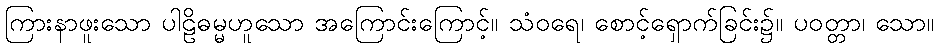
ကြားနာဖူးသော ပါဠိဓမ္မဟူသော အကြောင်းကြောင့်။ သံဝရေ၊ စောင့်ရှောက်ခြင်း၌။ ပဝတ္တာ၊ သော။